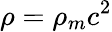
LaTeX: \rho=\rho_{m}c^{2}